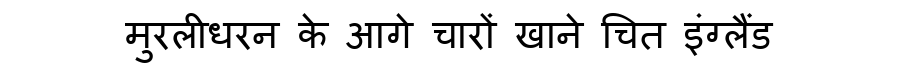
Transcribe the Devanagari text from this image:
मुरलीधरन के आगे चारों खाने चित इंग्लैंड